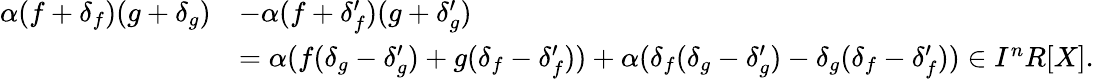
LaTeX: {\begin{array}{rl}{\alpha(f+\delta_{f})(g+\delta_{g})}&{-\alpha(f+\delta_{f}^{\prime})(g+\delta_{g}^{\prime})}\\ &{=\alpha(f(\delta_{g}-\delta_{g}^{\prime})+g(\delta_{f}-\delta_{f}^{\prime}))+\alpha(\delta_{f}(\delta_{g}-\delta_{g}^{\prime})-\delta_{g}(\delta_{f}-\delta_{f}^{\prime}))\in I^{n}R[X].}\end{array}}